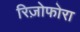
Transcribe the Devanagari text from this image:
रिज़ोफोरा